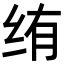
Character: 𬘠